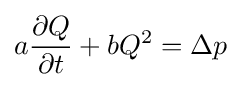
a{{\partial }Q \over {\partial }t}+bQ^{2}={\Delta }p